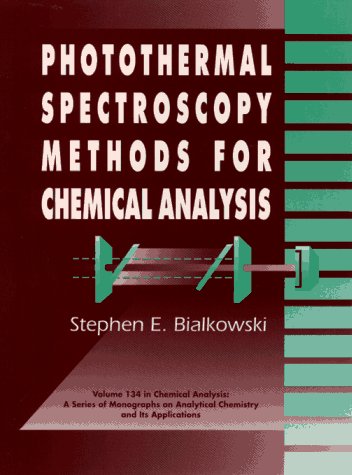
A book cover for Photothermal Spectroscopy Methods for Chemical Analysis; Stephen E. Bialkowski; Science & Math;